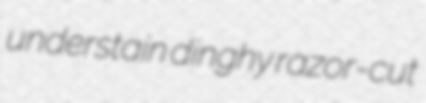
understain dinghy razor-cut